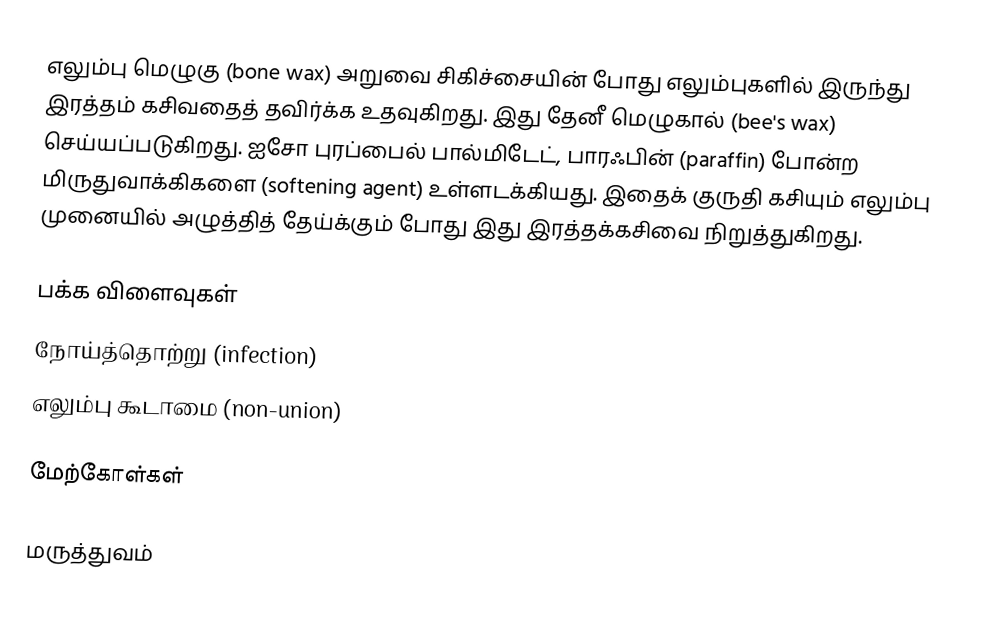
எலும்பு மெழுகு (bone wax) அறுவை சிகிச்சையின் போது எலும்புகளில் இருந்து இரத்தம் கசிவதைத் தவிர்க்க உதவுகிறது. இது தேனீ மெழுகால் (bee's wax) செய்யப்படுகிறது. ஐசோ புரப்பைல் பால்மிடேட், பாரஃபின் (paraffin) போன்ற மிருதுவாக்கிகளை (softening agent) உள்ளடக்கியது. இதைக் குருதி கசியும் எலும்பு முனையில் அழுத்தித் தேய்க்கும் போது இது இரத்தக்கசிவை நிறுத்துகிறது.

பக்க விளைவுகள்
 நோய்த்தொற்று (infection)
 எலும்பு கூடாமை (non-union)

மேற்கோள்கள்

மருத்துவம்